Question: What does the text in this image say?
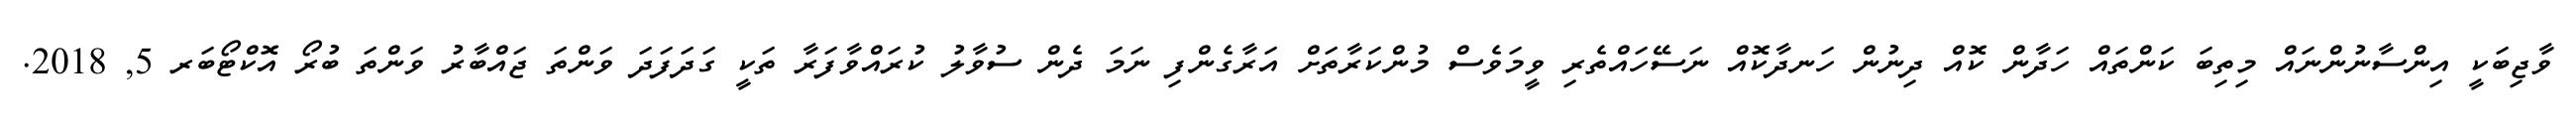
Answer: ވާޖިބަކީ އިންސާނުންނައް މިތިބަ ކަންތައް ހަދާން ކޮއް ދިނުން ހަނދާކޮއް ނަސޭހައްތެރި ވީމަވެސް މުންކަރާތަށް އަރާގެންފި ނަމަ ދެން ސުވާލު ކުރައްވާފަރާ ތަކީ ގަދަފަދަ ވަންތަ ޖައްބާރު ވަންތަ ބުރޯ އޮކްޓޯބަރ 5, 2018.